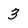
Character: 3